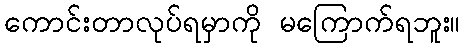
ကောင်းတာလုပ်ရမှာကို မကြောက်ရဘူး။